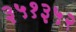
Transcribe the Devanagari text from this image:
३५१३५२